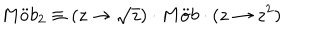
M \ddot { o } b _ { 2 } \equiv ( z \rightarrow \sqrt { z } ) \cdot M \ddot { o } b \cdot ( z \rightarrow z ^ { 2 } )